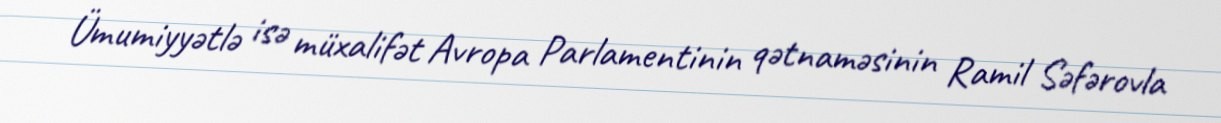
Ümumiyyətlə isə müxalifət Avropa Parlamentinin qətnaməsinin Ramil Səfərovla